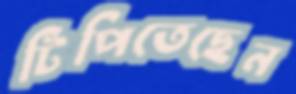
টিপিতেছেন